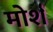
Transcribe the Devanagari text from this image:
मोर्श